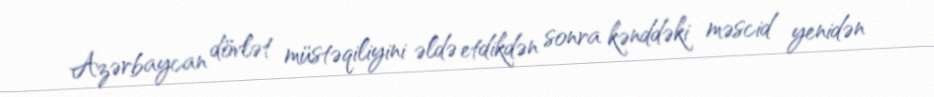
Azərbaycan dövlət müstəqiliyini əldə etdikdən sonra kənddəki məscid yenidən